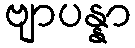
ဗျာပန္နာ